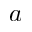
a